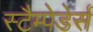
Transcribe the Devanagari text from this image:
स्टैम्पेडेर्स